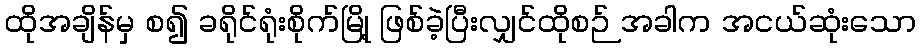
ထိုအချိန်မှ စ၍ ခရိုင်ရုံးစိုက်မြို့ ဖြစ်ခဲ့ပြီးလျှင်ထိုစဉ် အခါက အငယ်ဆုံးသော